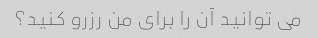
می توانید آن را برای من رزرو کنید؟